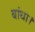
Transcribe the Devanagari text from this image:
बांधा।